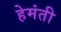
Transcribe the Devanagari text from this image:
हेमंती